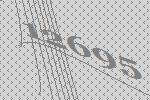
12695